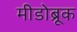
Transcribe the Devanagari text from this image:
मीडोब्रूक